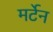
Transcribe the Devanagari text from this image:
मर्टेन